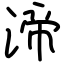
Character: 渧